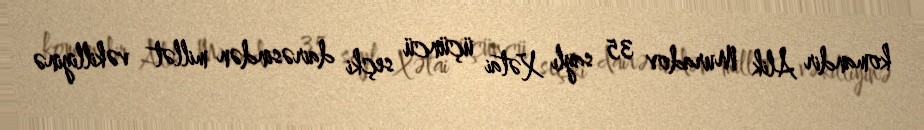
komandir Alik Muradov 35 saylı Xətai üçüncü seçki dairəsindən millət vəkilliyinə